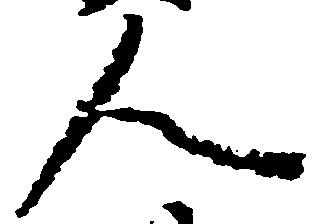
人